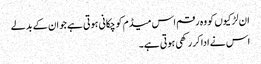
ان لڑکیوں کو وہ رقم اس میڈم کو چکانی ہوتی ہے جو ان کے بدلے
اس نے ادا کر رکھی ہوتی ہے۔